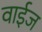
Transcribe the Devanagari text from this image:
वाईज